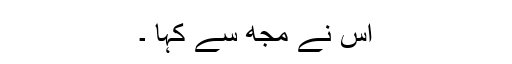
اس نے مجھ سے کہا ۔